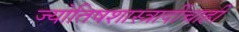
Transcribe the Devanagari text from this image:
ज्योतिषशास्त्रादींचाही